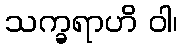
သက္ခရာဟိ ဝါ၊